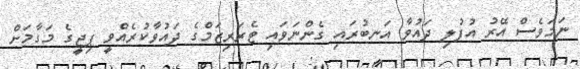
ނަމަވެސް އޭރު އުފުލި ދައުވާ އަނބުރައި ގެންނަވައި ޓެރަރިޒަމްގެ ދައުވާކުރެއްވީ ޕިޖީގެ މަގާމަށް